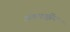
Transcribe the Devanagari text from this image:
अंतररार्ष्ट्रीय